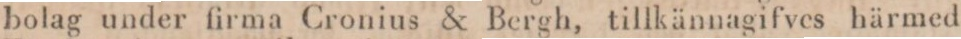
bolag under firma Cronius & Bergh, tillkännagifves härmed